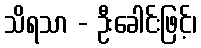
သိရသာ - ဦးခေါင်းဖြင့်၊